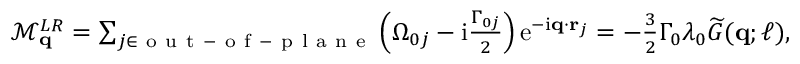
\begin{array} { r } { \mathcal { M } _ { \mathbf { q } } ^ { L R } = \sum _ { j \in \mathrm { ~ o ~ u ~ t ~ - ~ o ~ f ~ - ~ p ~ l ~ a ~ n ~ e ~ } } \left( \Omega _ { 0 j } - \mathrm { i } \frac { \Gamma _ { 0 j } } { 2 } \right) \mathrm { e } ^ { - \mathrm { i } \mathbf { q } \cdot \mathbf { r } _ { j } } = - \frac { 3 } { 2 } \Gamma _ { 0 } \lambda _ { 0 } \widetilde G ( \mathbf { q } ; \ell ) , } \end{array}